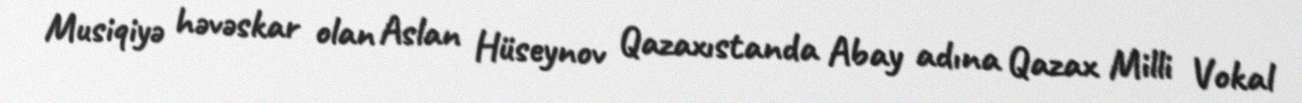
Musiqiyə həvəskar olan Aslan Hüseynov Qazaxıstanda Abay adına Qazax Milli Vokal